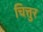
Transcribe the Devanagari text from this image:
चित्तुर